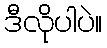
ဒီလိုပါပဲ။